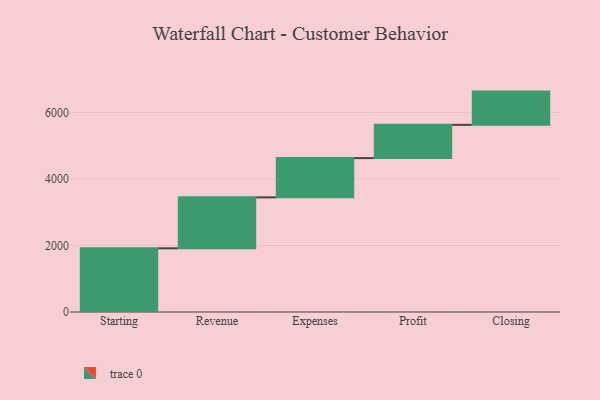
{"axis": {"x": "Step", "y": "Value"}, "legend": [""], "data": [{"x": "Starting", "y": 1916.0, "type": ""}, {"x": "Revenue", "y": 1532.0, "type": ""}, {"x": "Expenses", "y": 1181.0, "type": ""}, {"x": "Profit", "y": 1000, "type": ""}, {"x": "Closing", "y": 1000, "type": ""}]}